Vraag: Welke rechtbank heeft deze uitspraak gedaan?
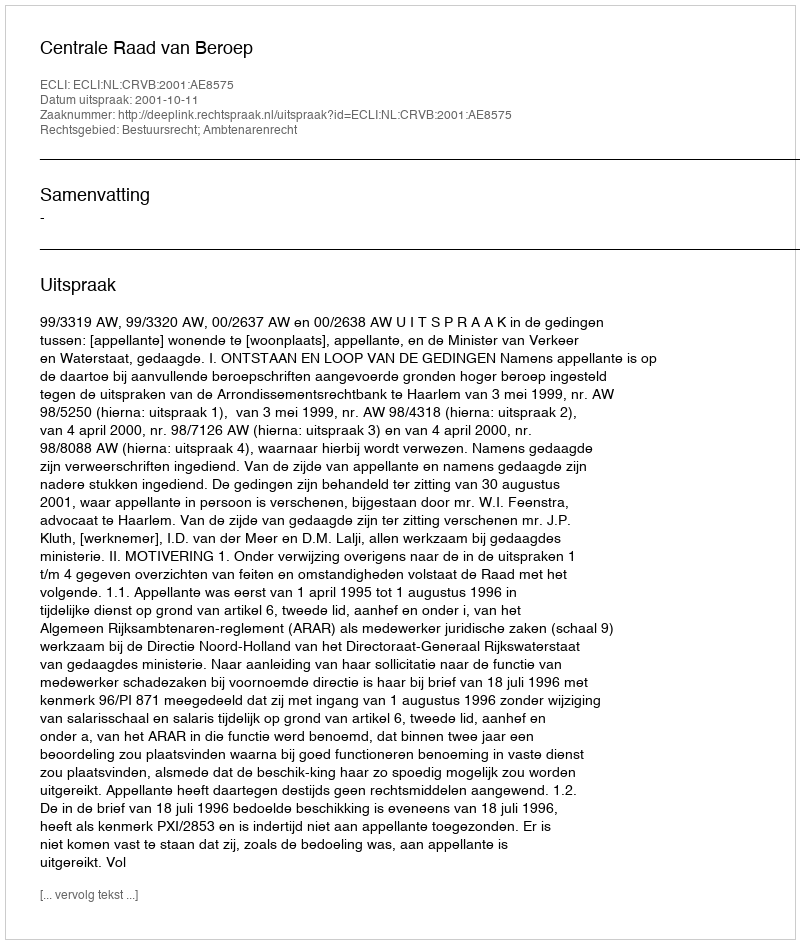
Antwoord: Centrale Raad van Beroep